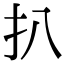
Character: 扒